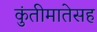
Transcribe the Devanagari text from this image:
कुंतीमातेसह